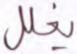
يغلل